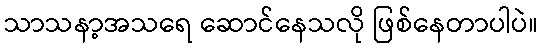
သာသနာ့အသရေ ဆောင်နေသလို ဖြစ်နေတာပါပဲ။